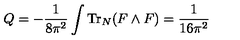
Q = - \frac { 1 } { 8 \pi ^ { 2 } } \int \mathrm { T r } _ { N } ( F \wedge F ) = \frac { 1 } { 1 6 \pi ^ { 2 } }